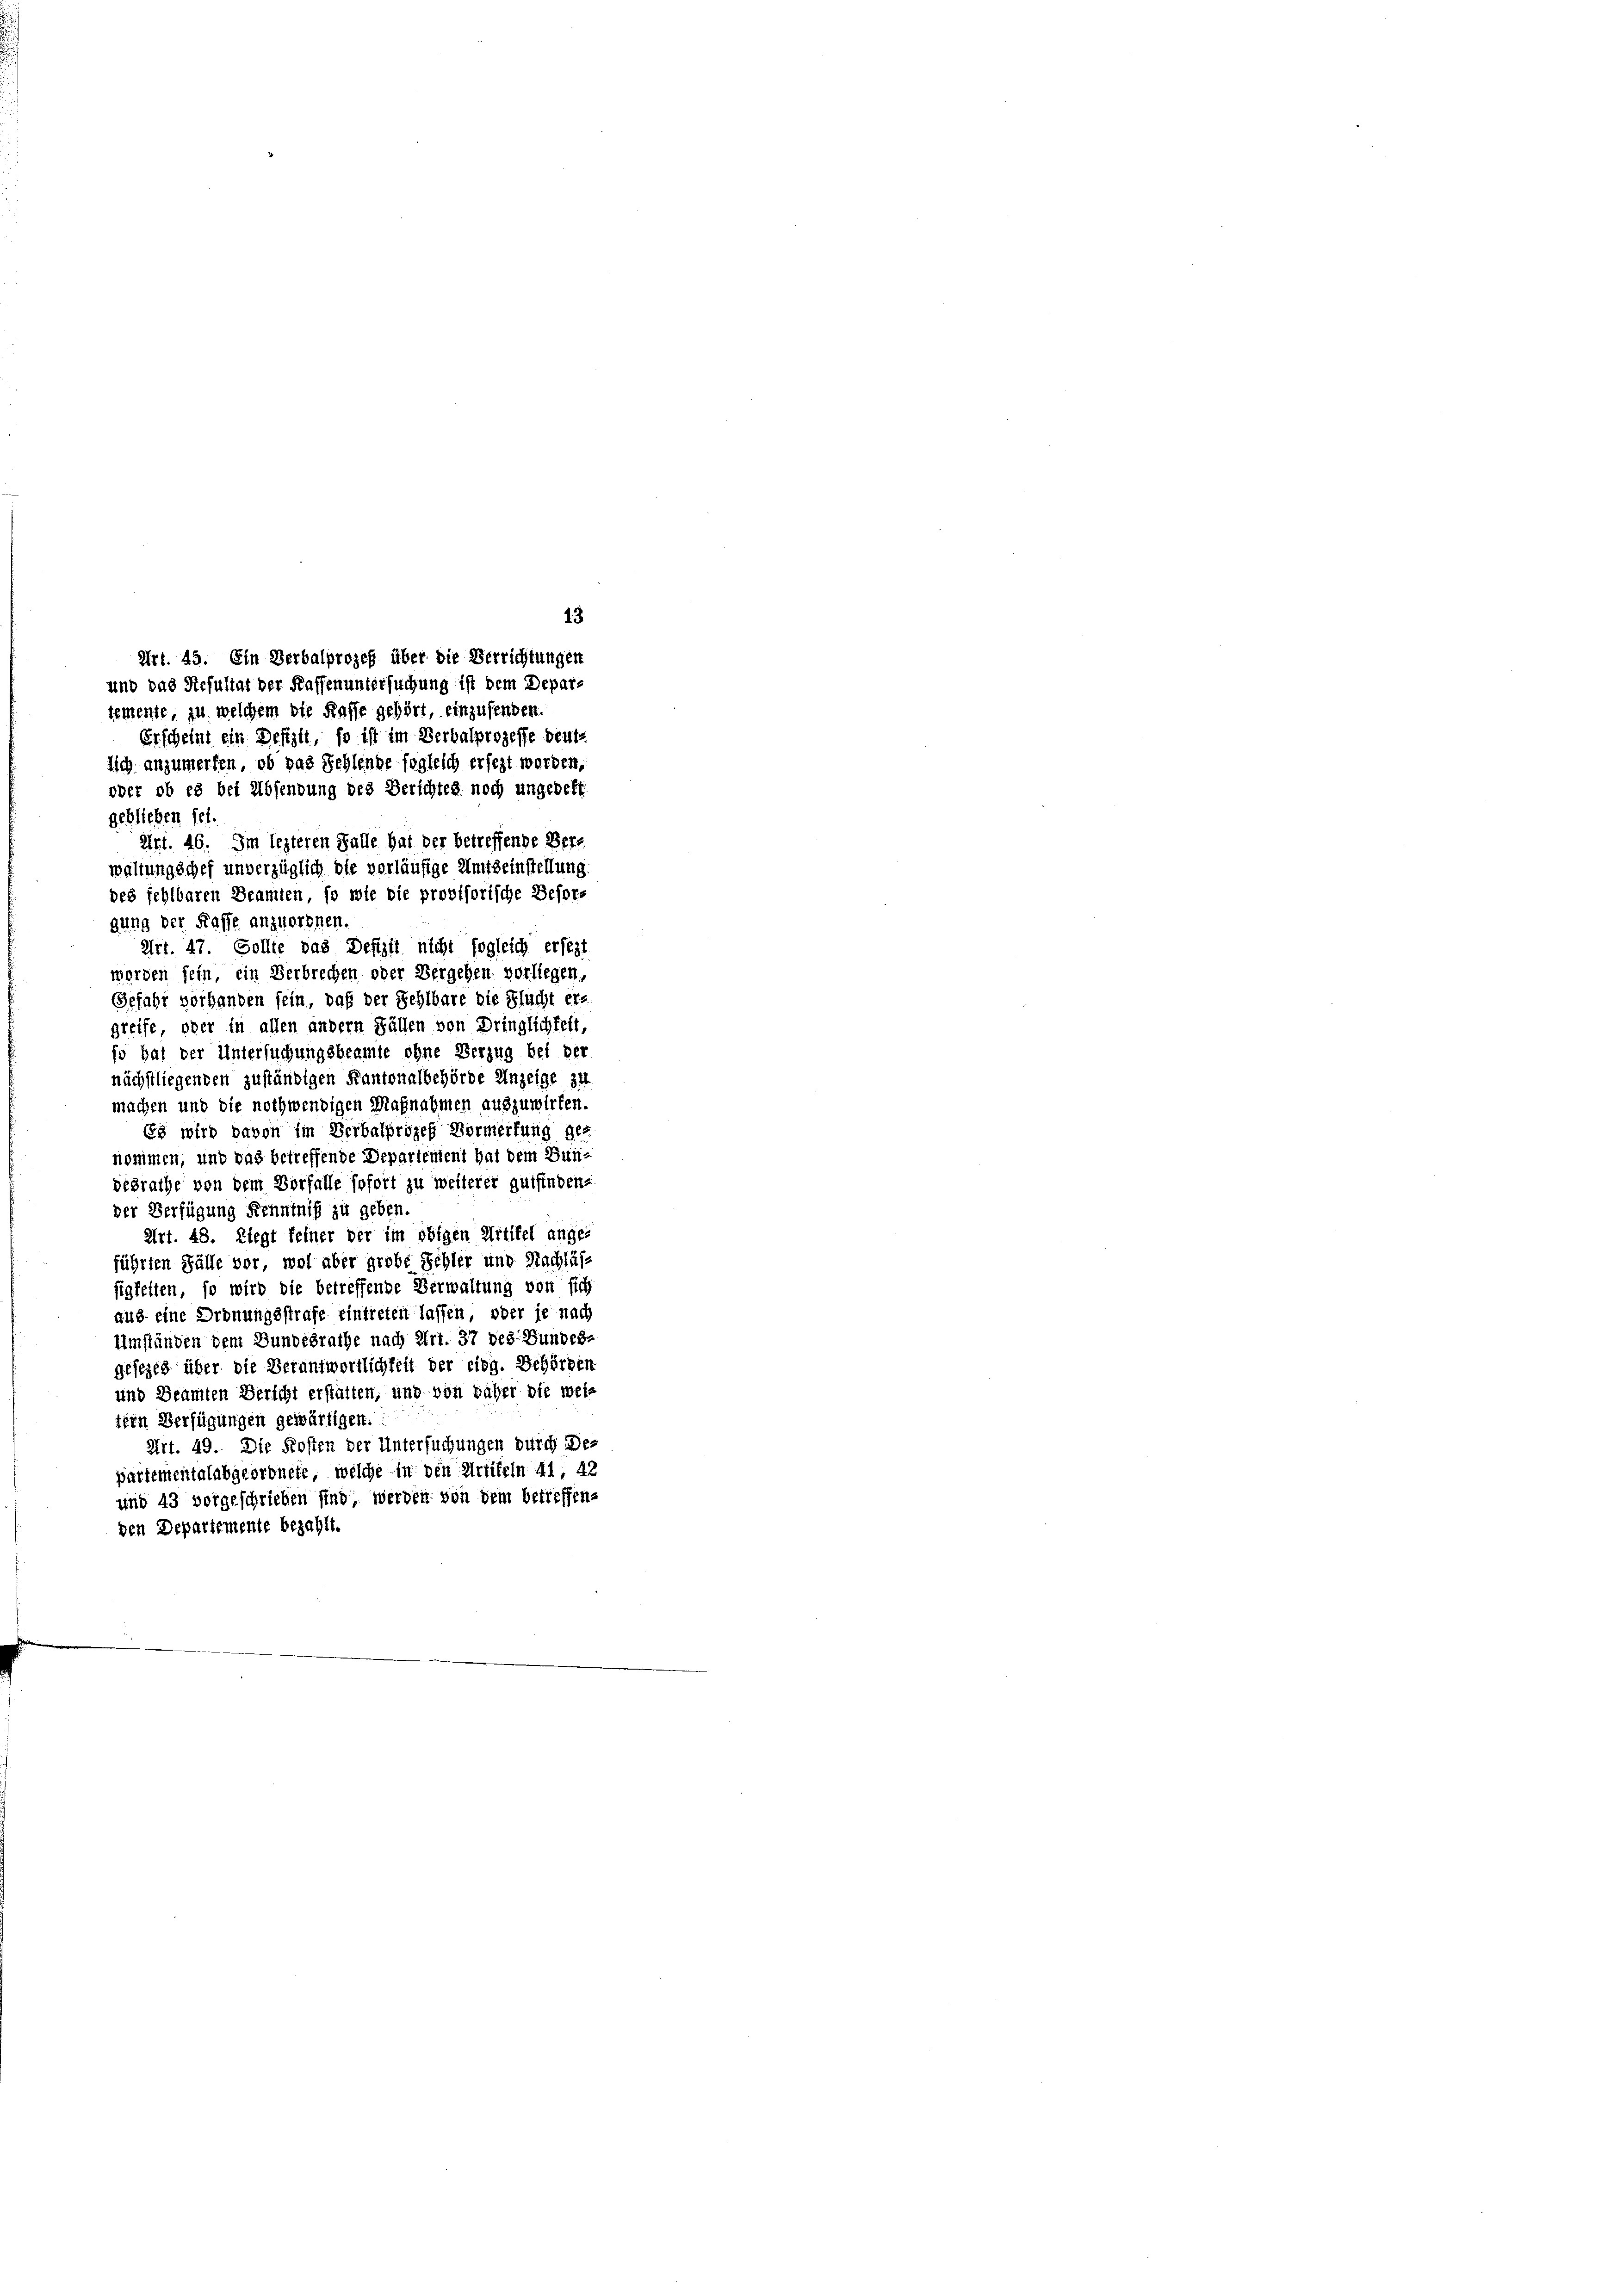
13
und das Resultat der Kaffen untersuchung ist dem Depar-
temente, zu welchem die Kasse gehört, einzusenden.
Erscheint ein Defizit, so ist im Verbalprozesse deute
lich anzumerfen, ob das Fehlende sogleich ersezt werden,
geblieben sei.
waltungschef unverzüglich die vorläufige Amtseinstellung
des fehlbaren Beamten, so wie die provisorische Besorg
gung der Kasse anzuordnen.
Art. 47. Sollte das Defizit nicht sogleich ersezt
worden sein, ein Verbrechen oder Vergehen vorliegen,
Gefahr vorhanden sein, daß der Sehlbare die Flucht er-
greife, oder in allen andern Fällen von Dringlichkeit,
so hat der Untersuchungsbeamte ohne Verzug bei der
nächstliegenden zuständigen Kantonalbehörde Unzeige 34
machen und die nothwendigen Maßnahmen auszuwirken.
Es wird davon im Verbalprozeß Vormerfung ge-
nommen, und das betreffende Departement hat dem Bun-
desrathe von dem Vorfalle sofort zu weiterer gutfindene
der Verfügung Kenntniß zu geben.
Art. 48. Liegt feiner der im obigen Artikel ange-
führten Fälle vor, wol aber große Schler und Nachläf-
sigkeiten, so wird die betreffende Verwaltung von sich
aus eine Ordnungsstrafe eintreten lassen, oder je nach
Umständen dem Bundebrache nach Art. 37 des Bundes-
gesezes über die Verantwortlichkeit der eidg. Behörden
und Beamten Bericht erstatten, und von daher die weltern Verfügungen gewärtigen.
Art. 49. Die Kosten der Untersuchungen durch Departementalabgeordnete, welche in den Artikeln 41, 42
und 43 vorgeschrieben sind, werden von dem betreffenden Departemente bezahlt.

Art. 45. Ein Verbalprozeß über die Verrichtungen

oder ob es bei Absendung des Berichtes noch ungedeht
Art. 46. Im lezteren Falle hat der betreffende Ver¬